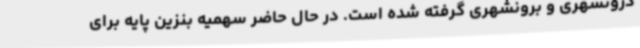
درونشهری و برونشهری گرفته شده است. در حال حاضر سهمیه بنزین پایه برای